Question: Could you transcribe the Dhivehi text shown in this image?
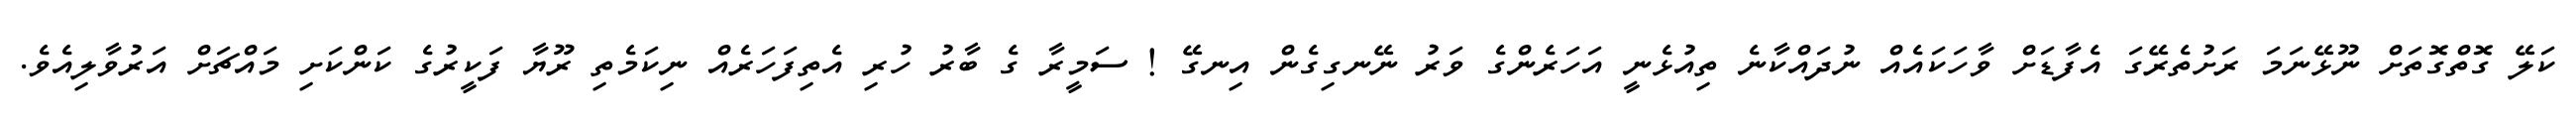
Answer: ކަލޭ ގޮތްގޮތަށް ނޫޅޭނަމަ ރަށުތެރޭގަ އެފާޑަށް ވާހަކައެއް ނުދައްކާނެ ތިއުޅެނީ އަހަރެންގެ ވަރު ނޭނގިގެން އިނގޭ ! ސަމީރާ ގެ ބާރު ހުރި އެތިފަހަރެއް ނިކަމެތި ރޫޔާ ފަކީރުގެ ކަންކަށި މައްޗަށް އަރުވާލިއެވެ.